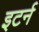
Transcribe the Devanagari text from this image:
इटर्न